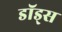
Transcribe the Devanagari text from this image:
डॉड्स